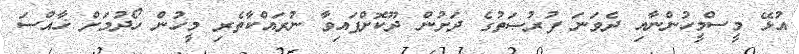
އުޅޭ މީސްމީހުންނާއި ދެވަނަ ފުރުޞަތުގެ ދަށުން ދޫކޮށްފައިވާ ނުރައްކާތެރި މީހުން ހޯދުމަށް ޚާއްސަ